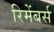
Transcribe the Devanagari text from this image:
रिमेंबर्स